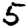
Digit: 5